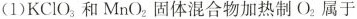
(1)KClO_{3}和MnO_{2}固体混合物加热制O_{2}属于